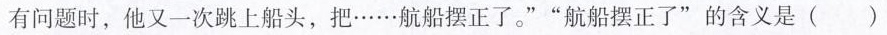
有问题时，他又一次跳上船头，把……航船摆正了。””航船摆正了”的含义是()